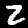
Label: 2